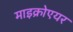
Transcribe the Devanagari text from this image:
माइक्रोएयर